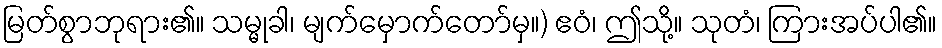
မြတ်စွာဘုရား၏။ သမ္မုခါ၊ မျက်မှောက်တော်မှ။) ဧဝံ၊ ဤသို့။ သုတံ၊ ကြားအပ်ပါ၏။